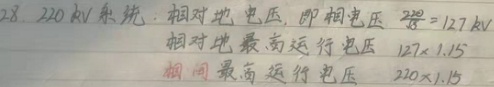
28. \(220\mathrm{kV}\)系统：相对地电压，即相电压 \(\frac{220}{\sqrt{3}} = 127\mathrm{kV}\)
相对地最高运行电压 \(127\times1.15\)
相间最高运行电压 \(220\times1.15\)